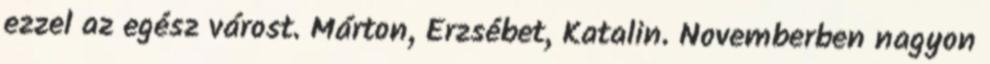
ezzel az egész várost. Márton, Erzsébet, Katalin. Novemberben nagyon